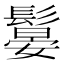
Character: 䰋